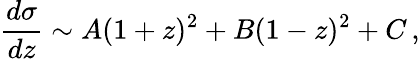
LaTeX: {\frac{d\sigma}{dz}}\sim A(1+z)^{2}+B(1-z)^{2}+C\, ,